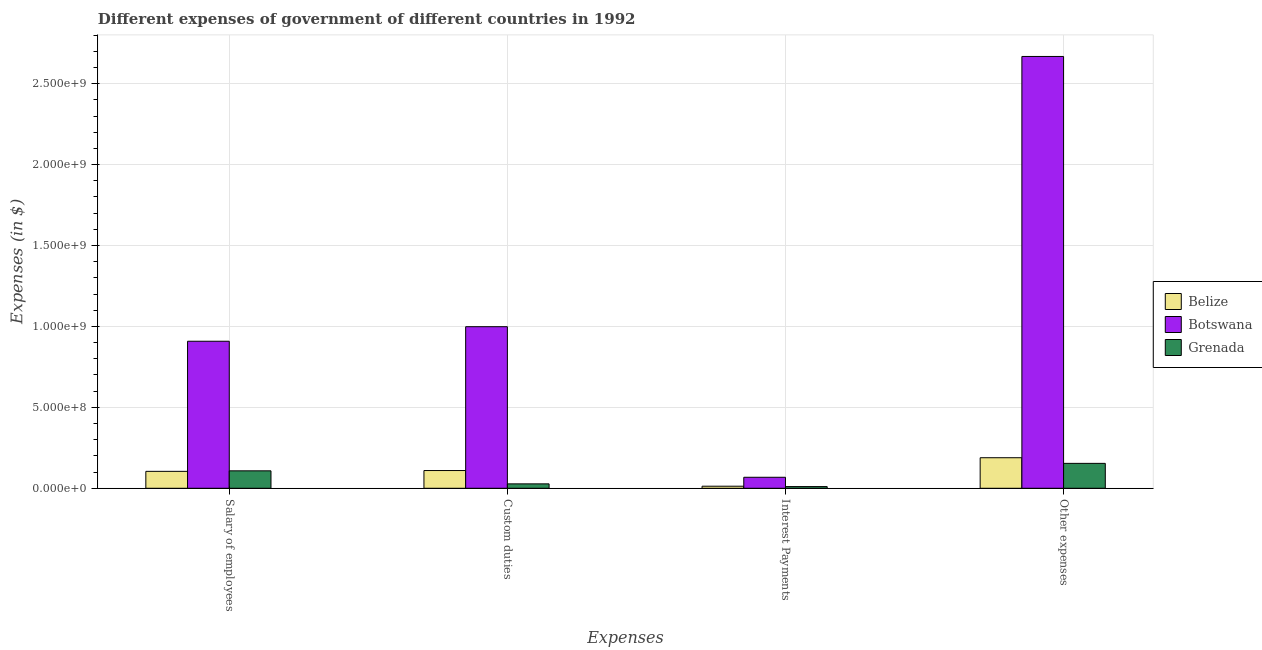
| Expenses | Belize | Botswana | Grenada |
 | --- | --- | --- | --- |
 | Salary of employees | 1.05e+08 | 9.08e+08 | 1.08e+08 |
 | Custom duties | 1.1e+08 | 9.98e+08 | 2.73e+07 |
 | Interest Payments | 1.28e+07 | 6.8e+07 | 1.04e+07 |
 | Other expenses | 1.89e+08 | 2.67e+09 | 1.54e+08 |